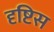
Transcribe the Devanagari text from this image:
दृष्टिस